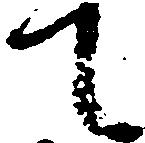
て